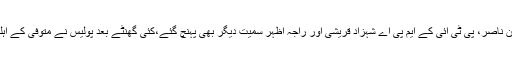
متوفی کے اہلخانہ سے اظہار یکجہتی کے لیے سماجی رہنما جبران ناصر، پی ٹی آئی کے ایم پی اے شہزاد قریشی اور راجہ اظہر سمیت دیگر بھی پہنچ گئے،کئی گھنٹے بعد پولیس نے متوفی کے اہلخانہ سے واقعہ کا مقدمہ درج کرانے کی درخواست وصول کرلی۔